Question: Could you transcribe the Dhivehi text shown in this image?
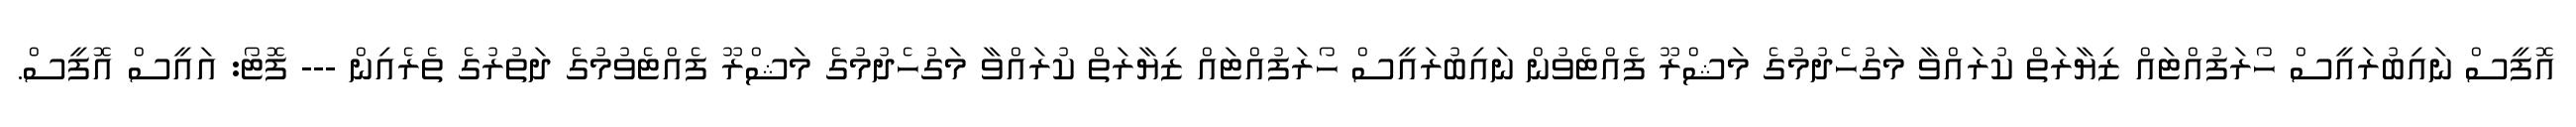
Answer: އޮފީސް ނައިބުރައީސް ހޯރަފުއްޓައް ޒިޔާރަތް ކުރައްވާ މަގުހެދުމުގެ މަޝްރޫ ފެއްޓެވުން ނައިބުރައީސް ހޯރަފުއްޓައް ޒިޔާރަތް ކުރައްވާ މަގުހެދުމުގެ މަޝްރޫ ފެއްޓެވުމުގެ ދަތުރުގެ ތެރެއިން --- ފޮޓޯ: އައީސް އޮފީސް.